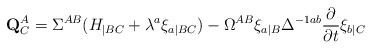
\begin{align*}{\bf Q}^A_C = \Sigma^{AB} (H_{|BC} + \lambda^a \xi_{a|BC})- \Omega^{AB} \xi_{a|B} \Delta^{-1ab} {{\partial} \over{\partial t}} \xi_{b|C}\end{align*}